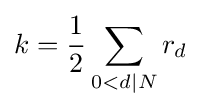
k={\frac {1}{2}}\sum _{0<d\mid N}r_{d}